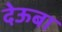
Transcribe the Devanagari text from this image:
देऊबा